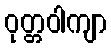
ဝုတ္တဝါကျာ